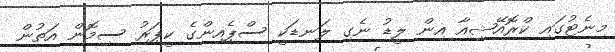
މިނެޓުގައި ކްރޮއޭޝިއާ އިން ލީޑު ނެގި ލަނޑަކީ ސްޕެއިންގެ ކީޕަރު ސިމޮން އަތުން